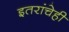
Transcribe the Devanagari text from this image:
इतरांचेही